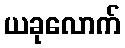
ယခုလောက်